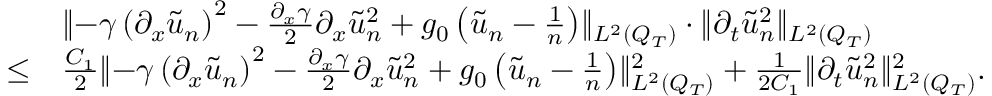
\begin{array} { r l } & { \lVert - \gamma \left( \partial _ { x } \tilde { u } _ { n } \right) ^ { 2 } - \frac { \partial _ { x } \gamma } { 2 } \partial _ { x } \tilde { u } _ { n } ^ { 2 } + g _ { 0 } \left( \tilde { u } _ { n } - \frac { 1 } { n } \right) \rVert _ { L ^ { 2 } ( Q _ { T } ) } \cdot \lVert \partial _ { t } \tilde { u } _ { n } ^ { 2 } \rVert _ { L ^ { 2 } ( Q _ { T } ) } } \\ { \leq } & { \frac { C _ { 1 } } { 2 } \lVert - \gamma \left( \partial _ { x } \tilde { u } _ { n } \right) ^ { 2 } - \frac { \partial _ { x } \gamma } { 2 } \partial _ { x } \tilde { u } _ { n } ^ { 2 } + g _ { 0 } \left( \tilde { u } _ { n } - \frac { 1 } { n } \right) \rVert _ { L ^ { 2 } ( Q _ { T } ) } ^ { 2 } + \frac { 1 } { 2 C _ { 1 } } \lVert \partial _ { t } \tilde { u } _ { n } ^ { 2 } \rVert _ { L ^ { 2 } ( Q _ { T } ) } ^ { 2 } . } \end{array}